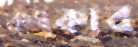
কংকার